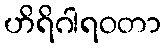
ဟိရိဂါရဝတာ